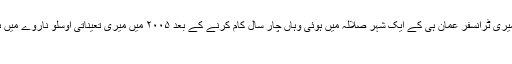
مسقط میں تین سال کام کرنے کے بعد میری ٹرانسفر عمان ہی کے ایک شہر صلالہ میں ہوئی وہاں چار سال کام کرنے کے بعد ۲۰۰۵ میں میری تعیناتی اوسلو ناروے میں ہوئی اور اب ۲۰۰۹ سے درامن میں ہوں
۔